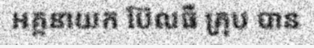
អគ្គនាយក ប៊ែលធី គ្រុប បាន